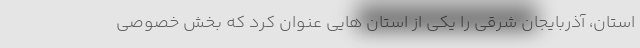
استان، آذربایجان شرقی را یکی از استان هایی عنوان کرد که بخش خصوصی